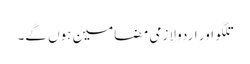
تلگو اور اردو لازمی مضامین ہوں گے۔